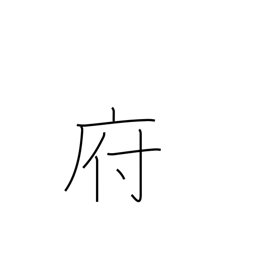
Meaning: borough